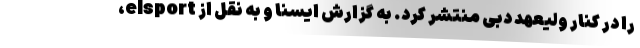
را در کنار ولیعهد دبی منتشر کرد. به گزارش ایسنا و به نقل از elsport،